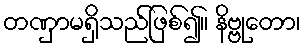
တဏှာမရှိသည်ဖြစ်၍။ နိဗ္ဗုတော၊